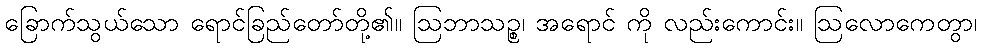
ခြောက်သွယ်သော ရောင်ခြည်တော်တို့၏။ ဩဘာသဉ္စ၊ အရောင် ကို လည်းကောင်း။ ဩလောကေတွာ၊